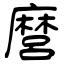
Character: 麿